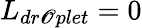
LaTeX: L_{dr\mathscr{O}plet}=0